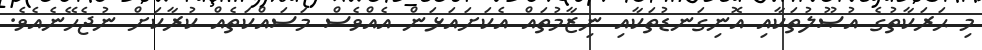
މި ޙަރަކާތުގެ އުޞޫލުތަކާއި އޮނިގަނޑުތަކާއި ނިޒާމުތައް އެކަށައަޅަން އެއްވެސް މަސައްކަތެއް ކުރާކަށް ނުޖެހޭނެއެވެ.